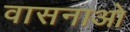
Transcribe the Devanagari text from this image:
वासनाओ